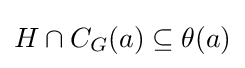
H\cap C_{G}(a)\subseteq \theta (a)